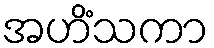
အဟိံသကာ